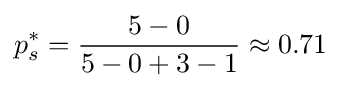
p_{s}^{*}={\frac {5-0}{5-0+3-1}}\approx 0.71